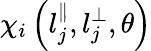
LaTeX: \chi_{i}\left(l_{j}^{\parallel},l_{j}^{\perp},\theta\right)